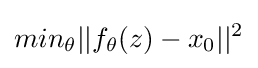
min_{\theta }||f_{\theta }(z)-x_{0}||^{2}